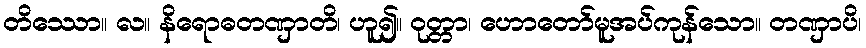
တိဿော။ လ။ နိရောဓတဏှာတိ၊ ဟူ၍။ ဝုတ္တာ၊ ဟောတော်မူအပ်ကုန်သော။ တဏှာပိ၊